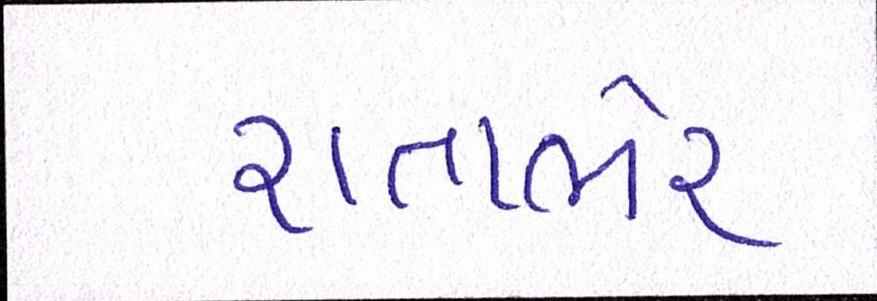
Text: રાતાભેર